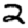
Digit: 2